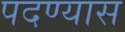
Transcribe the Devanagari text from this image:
पदण्यास